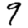
Digit: 9